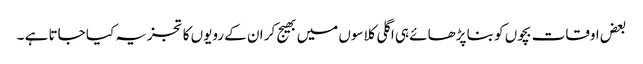
بعض اوقات بچوں کو بنا پڑھائے ہی اگلی کلاسوں میں بھیج کر ان کے رویوں کا تجزیہ کیا جاتا ہے ۔